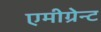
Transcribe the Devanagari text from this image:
एमीग्रेन्ट